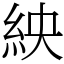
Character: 紻